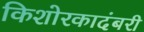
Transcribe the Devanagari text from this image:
किशोरकादंबरी